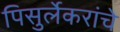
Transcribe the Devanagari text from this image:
पिसुर्लेकरांचे